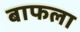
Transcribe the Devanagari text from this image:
बाफला